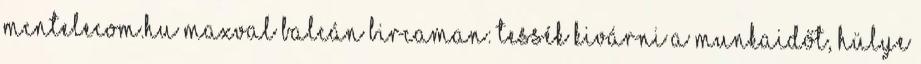
mcntelecom.hu maxval balcán bircaman: Tessék kivárni a munkaidőt, hülye